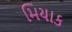
મિયાક